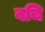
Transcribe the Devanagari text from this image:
बचि